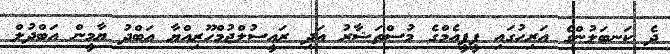
ދެ ކަނބަލުންގެ އަރިހުގައި ޕީޕީއެމްގެ މުސްތަޝާރު އަދި ރައީސުލްޖުމްހޫރިއްޔާ އަބްދު ޔާމީން އަބްދުލް